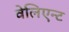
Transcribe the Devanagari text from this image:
वेलिएन्ट